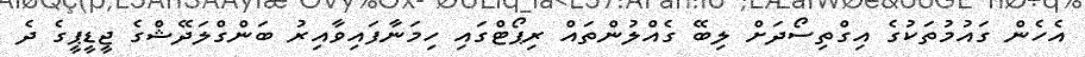
އެހެން ގައުމުތަކުގެ އިގްތިސޯދަށް ލިބޭ ގެއްލުންތައް ރިޕޯޓްގައި ހިމަނާފައިވާއިރު ބަންގްލަދޭޝްގެ ޖީޑީޕީގެ ދެ